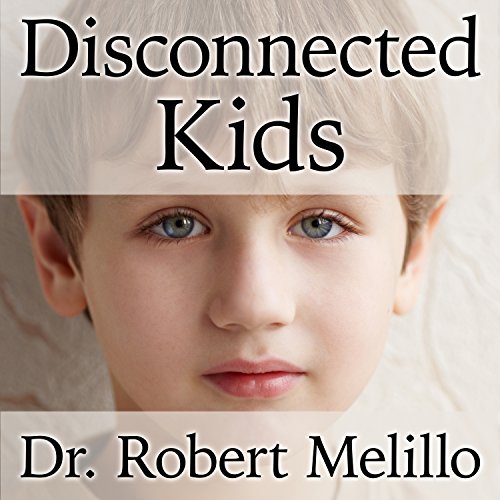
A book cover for Disconnected Kids: The Groundbreaking Brain Balance Program for Children with Autism, ADHD, Dyslexia, and Other Neurological Disorders; Dr. Robert Melillo; Health, Fitness & Dieting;